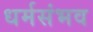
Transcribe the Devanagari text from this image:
धर्मसंभव